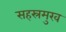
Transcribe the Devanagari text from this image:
सहस्रमुख